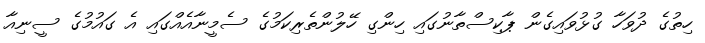
ހިތުގެ ދުވަހާ ގުޅުވައިގެން ޕާކިސްތާނުގައި ހިންގި ހޭލުންތެރިކަމުގެ ސެމީނާއެއްގައި އެ ގައުމުގެ ސީނިއާ